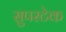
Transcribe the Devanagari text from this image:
सुपरटेक